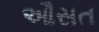
ઔસત